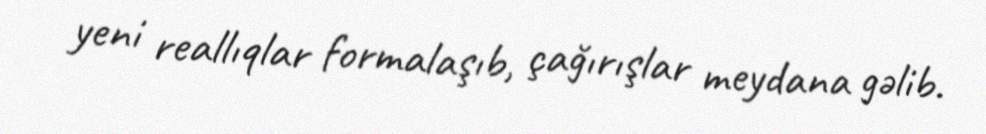
yeni reallıqlar formalaşıb, çağırışlar meydana gəlib.